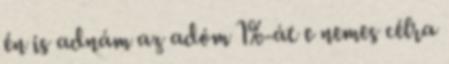
én is adnám az adóm 1%-át e nemes célra